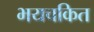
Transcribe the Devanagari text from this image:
भयचकित